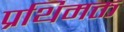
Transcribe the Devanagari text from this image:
प्रथिमक्त